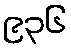
၉၃၆